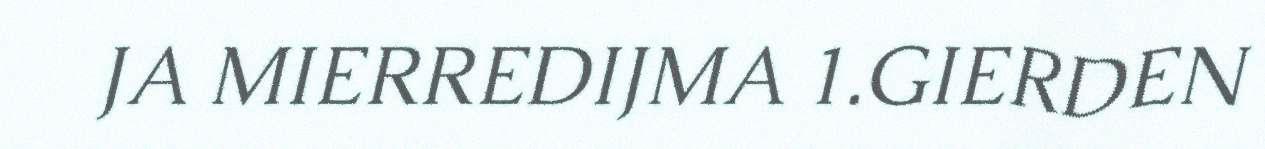
JA MIERREDIJMA 1.GIERDEN